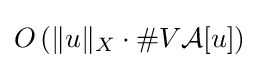
O\left(\|u\|_{X}\cdot \#V{\mathcal {A}}[u]\right)